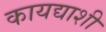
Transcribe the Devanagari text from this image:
कायद्याशी